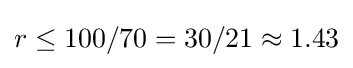
r\leq 100/70=30/21\approx 1.43